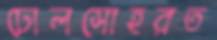
ঢোলসোহরত